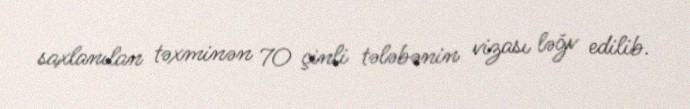
saxlanılan təxminən 70 çinli tələbənin vizası ləğv edilib.